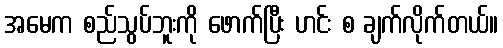
အမေက စည်သွပ်ဘူးကို ဖောက်ပြီး ဟင်း စ ချက်လိုက်တယ်။